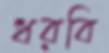
ধরবি